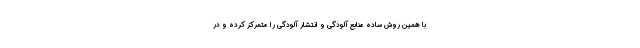
با همین روش ساده منابع آلودگی و انتشار آلودگی را متمرکز کرده و در